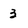
Character: 3